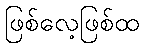
ဖြစ်လေ့ဖြစ်ထ